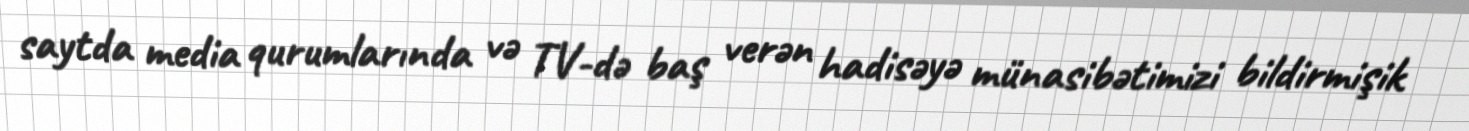
saytda media qurumlarında və TV-də baş verən hadisəyə münasibətimizi bildirmişik